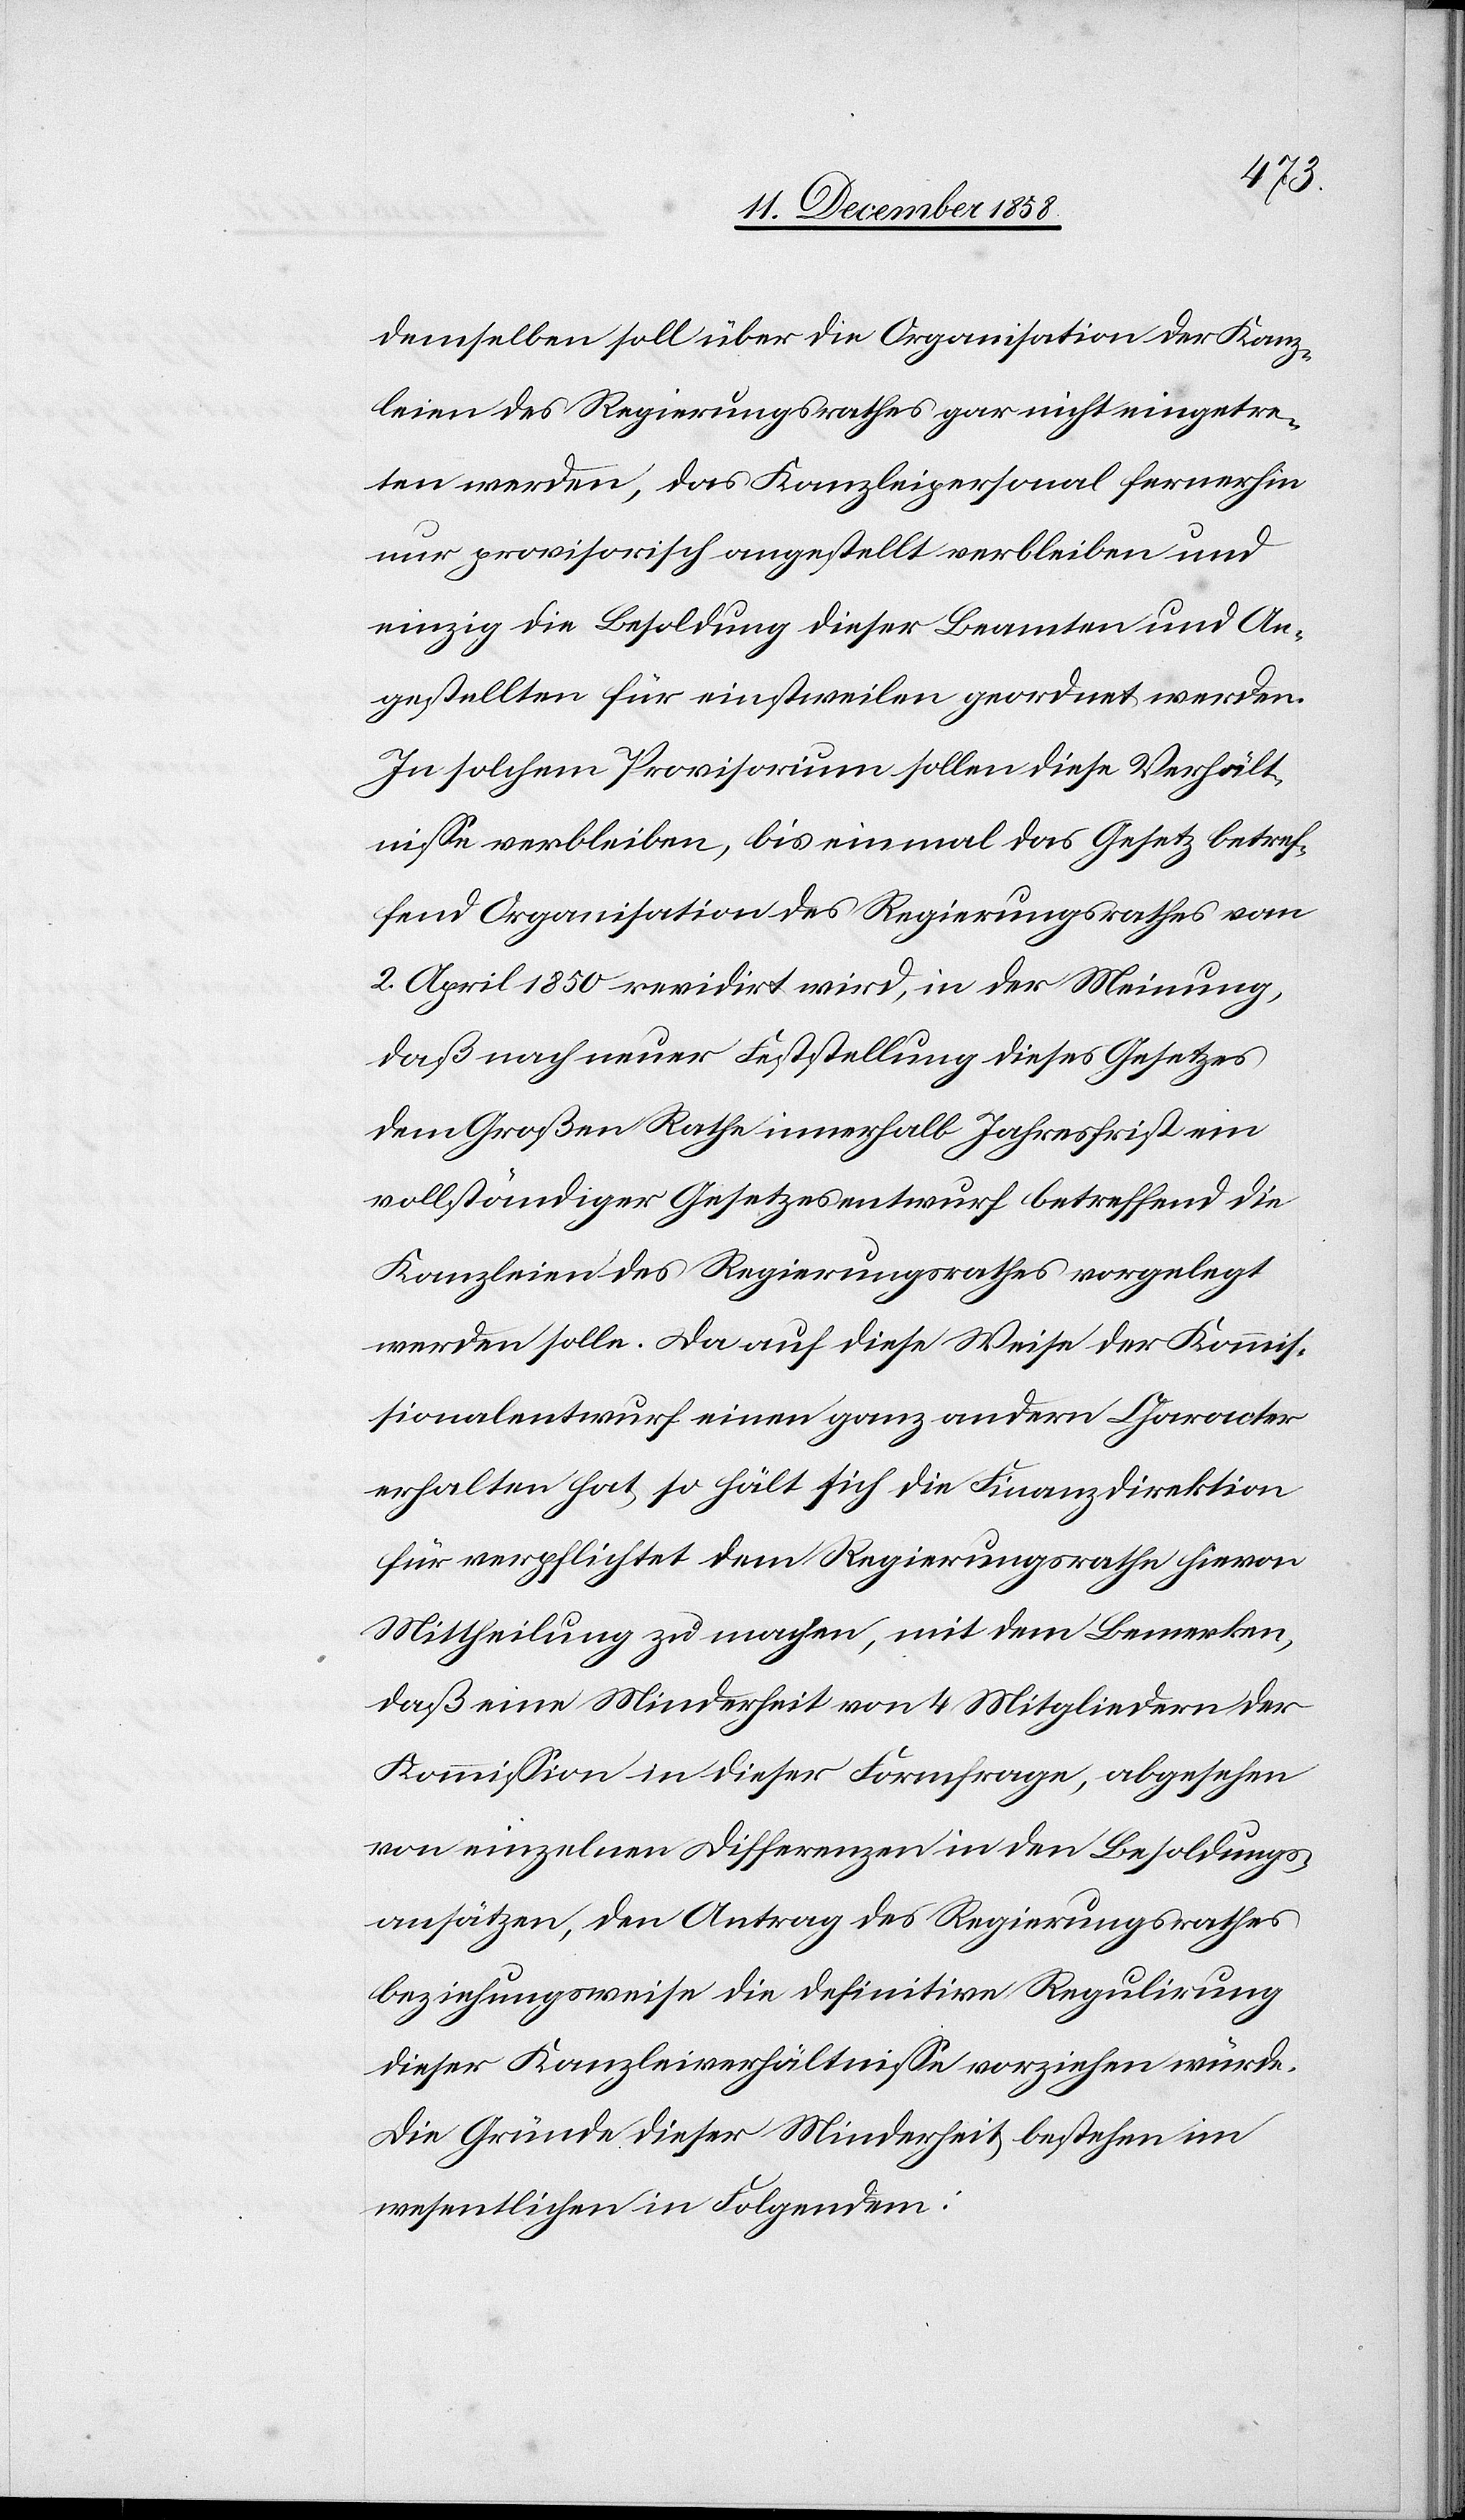
12ten